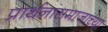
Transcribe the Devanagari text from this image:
प्रार्थनासमाजाच्या